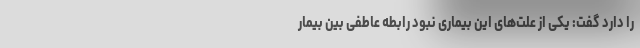
را دارد گفت: یکی از علت‌های این بیماری نبود رابطه عاطفی بین بیمار